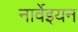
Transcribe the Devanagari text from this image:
नार्वेइयन